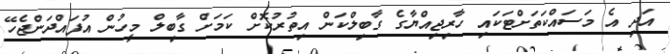
އަދި އެ މަސައްކަތަށްޓަކައި ހާރިޖިއްޔާގެ ގާބިލްކަން އިތުރުކޮށް ކަމަށް ގާބިލް މީހުން އުފައްދަންޖެހޭ